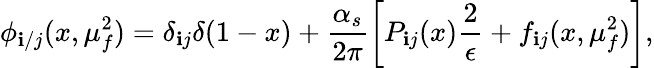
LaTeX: \phi_{\mathbf{i}/j}(x,\mu_{f}^{2})=\delta_{\mathbf{i}j}\delta(1-x)+\frac{{\alpha_{s}}}{{2\pi}}\left[P_{\mathbf{i}j}(x)\frac{{2}}{{\epsilon}}+f_{\mathbf{i}j}(x,\mu_{f}^{2})\right],